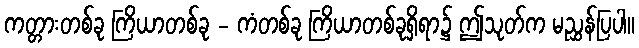
ကတ္တားတစ်ခု ကြိယာတစ်ခု - ကံတစ်ခု ကြိယာတစ်ခုရှိရာ၌ ဤသုတ်က မညွှန်ပြပါ။